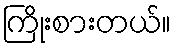
ကြိုးစားတယ်။